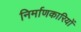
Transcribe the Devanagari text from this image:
निर्माणकारियों